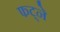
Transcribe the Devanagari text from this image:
फट्ने